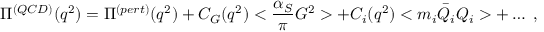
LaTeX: \Pi ^ { ( Q C D ) } ( q ^ { 2 } ) = \Pi ^ { ( p e r t ) } ( q ^ { 2 } ) + C _ { G } ( q ^ { 2 } ) < \frac { \alpha _ { S } } { \pi } G ^ { 2 } > + C _ { i } ( q ^ { 2 } ) < m _ { i } \bar { Q } _ { i } Q _ { i } > + \dots \; ,